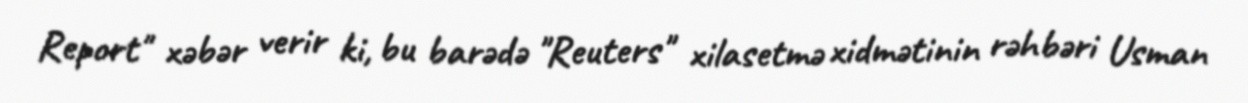
Report" xəbər verir ki, bu barədə "Reuters" xilasetmə xidmətinin rəhbəri Usman